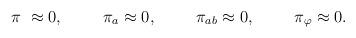
LaTeX: \begin{align*} \pi_{\ } \approx 0, \hspace{1cm} \pi_a \approx 0, \hspace{1cm} \pi_{ab} \approx 0 , \hspace{1cm} \pi_\varphi \approx 0.\end{align*}